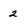
Character: 2